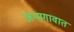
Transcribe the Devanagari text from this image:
जन्मगावात